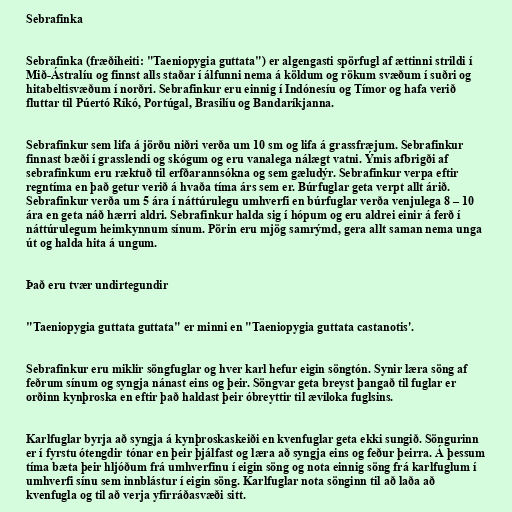
Sebrafinka

Sebrafinka (fræðiheiti: "Taeniopygia guttata") er algengasti spörfugl af ættinni strildi í
Mið-Ástralíu og finnst alls staðar í álfunni nema á köldum og rökum svæðum í suðri og
hitabeltisvæðum í norðri. Sebrafinkur eru einnig í Indónesíu og Tímor og hafa verið
fluttar til Púertó Ríkó, Portúgal, Brasilíu og Bandaríkjanna.

Sebrafinkur sem lifa á jörðu niðri verða um 10 sm og lifa á grassfræjum. Sebrafinkur
finnast bæði í grasslendi og skógum og eru vanalega nálægt vatni. Ýmis afbrigði af
sebrafinkum eru ræktuð til erfðarannsókna og sem gæludýr. Sebrafinkur verpa eftir
regntíma en það getur verið á hvaða tíma árs sem er. Búrfuglar geta verpt allt árið.
Sebrafinkur verða um 5 ára í náttúrulegu umhverfi en búrfuglar verða venjulega 8 – 10
ára en geta náð hærri aldri. Sebrafinkur halda sig í hópum og eru aldrei einir á ferð í
náttúrulegum heimkynnum sínum. Pörin eru mjög samrýmd, gera allt saman nema unga
út og halda hita á ungum.

Það eru tvær undirtegundir

"Taeniopygia guttata guttata" er minni en "Taeniopygia guttata castanotis'.

Sebrafinkur eru miklir söngfuglar og hver karl hefur eigin söngtón. Synir læra söng af
feðrum sínum og syngja nánast eins og þeir. Söngvar geta breyst þangað til fuglar er
orðinn kynþroska en eftir það haldast þeir óbreyttir til æviloka fuglsins.

Karlfuglar byrja að syngja á kynþroskaskeiði en kvenfuglar geta ekki sungið. Söngurinn
er í fyrstu ótengdir tónar en þeir þjálfast og læra að syngja eins og feður þeirra. Á þessum
tíma bæta þeir hljóðum frá umhverfinu í eigin söng og nota einnig söng frá karlfuglum í
umhverfi sínu sem innblástur í eigin söng. Karlfuglar nota sönginn til að laða að
kvenfugla og til að verja yfirráðasvæði sitt.